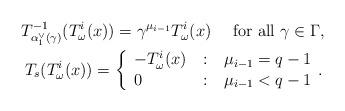
LaTeX: \begin{align*}T^{-1}_{\alpha_1^{\vee}(\gamma)}(T_{{\omega}}^i(x))=\gamma^{\mu_{i-1}}T_{{\omega}}^i(x)\quad\mbox{ for all }\gamma\in\Gamma,\\ T_s(T_{{\omega}}^i(x))=\left\{\begin{array}{l@{\quad:\quad}l}-T_{{\omega}}^i(x) & \mu_{i-1}=q-1\\0& \mu_{i-1}<q-1\end{array}.\right.\end{align*}